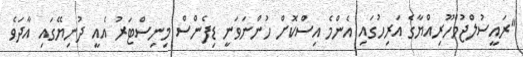
"ރައީސުލްޖުމްހޫރިއްޔާގެ އަރިހުގައި އެންމެ އިސްކޮށް ހުންނަވަނީ ޑިފެންސް މިނިސްޓަރު އެއީ ދުނިޔޭގައި އާދަވެ